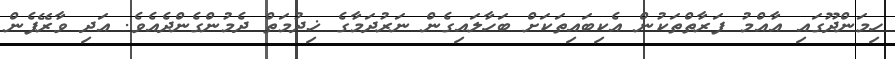
ހިމަންދޫގައި އާއްމު ފަރާތްތަކުން އެކިބައިތަކަށް ބަހާލައިގެން ނަރުދަމާގެ ޚިދުމަތް ދެމުންގެންދެއެވެ. އަދި ވާރޭފެން